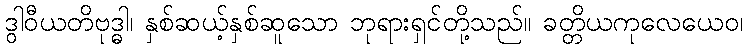
ဒွါဝီယတိဗုဒ္ဓါ၊ နှစ်ဆယ့်နှစ်ဆူသော ဘုရားရှင်တို့သည်။ ခတ္တိယကုလေယေဝ၊